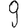
Digit: 9